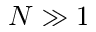
N \gg 1